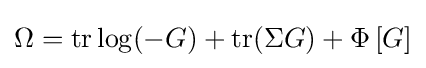
\Omega =\mathrm {tr} \log(-G)+\mathrm {tr} (\Sigma G)+\Phi \left[G\right]